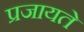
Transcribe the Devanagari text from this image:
प्रजायते